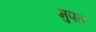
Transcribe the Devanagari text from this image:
म़ुफ्त